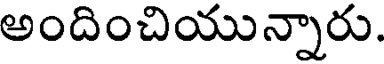
అందించియున్నారు.